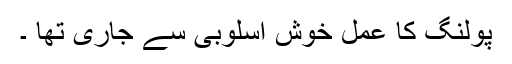
پولنگ کا عمل خوش اسلوبی سے جاری تھا ۔